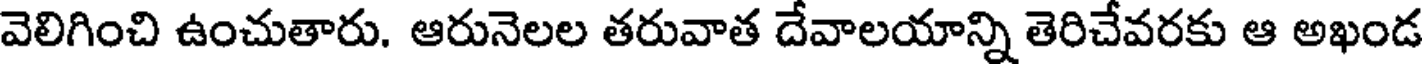
వెలిగించి ఉంచుతారు. ఆరునెలల తరువాత దేవాలయాన్ని తెరిచేవరకు ఆ అఖండ